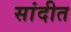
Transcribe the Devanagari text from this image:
सांदीत